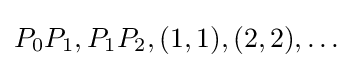
P_{0}P_{1},P_{1}P_{2},(1,1),(2,2),\dotsc